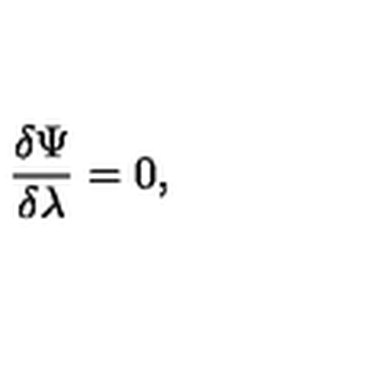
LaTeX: { \frac { \delta \Psi } { \delta \lambda } } = 0 ,